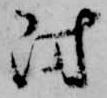
防